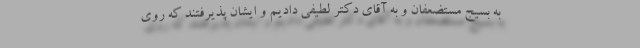
به بسیج مستضعفان و به آقای دکتر لطیفی دادیم و ایشان پذیرفتند که روی